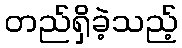
တည်ရှိခဲ့သည့်